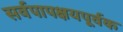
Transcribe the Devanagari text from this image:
सर्वपापक्षयपूर्वक